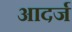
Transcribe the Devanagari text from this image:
आदर्ज